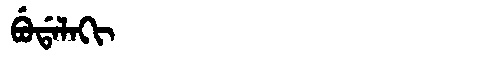
Manchu: ᠪᡠᡩᠠᠯᠠᡴᡳ
Romanization: BUDALAKI